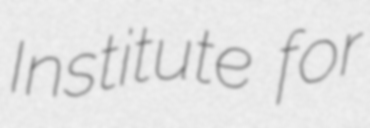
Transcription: Institute for